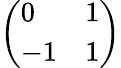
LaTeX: \left(\begin{array}{ll}{0}&{1}\\ {-1}&{1}\end{array}\right)